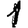
Digit: 1